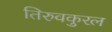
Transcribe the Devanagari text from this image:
तिरुवकुरल